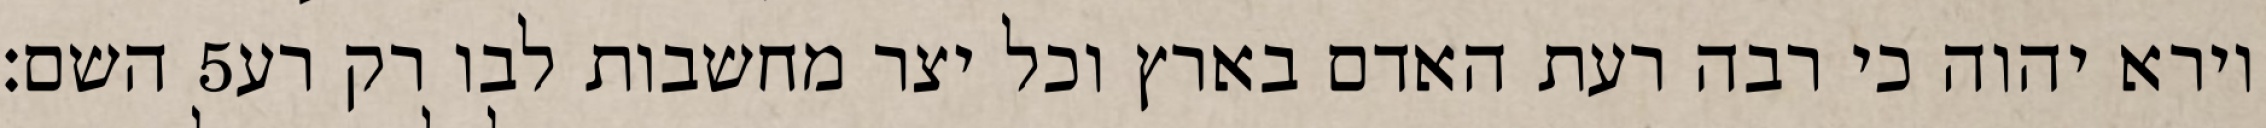
השם׃ ‎5‏ וירא יהוה כי רבה רעת האדם בארץ וכל יצר מחשבות לבו רק רע